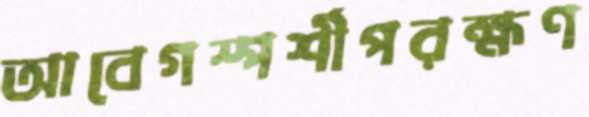
আবেগস্পর্শীপরক্ষণ